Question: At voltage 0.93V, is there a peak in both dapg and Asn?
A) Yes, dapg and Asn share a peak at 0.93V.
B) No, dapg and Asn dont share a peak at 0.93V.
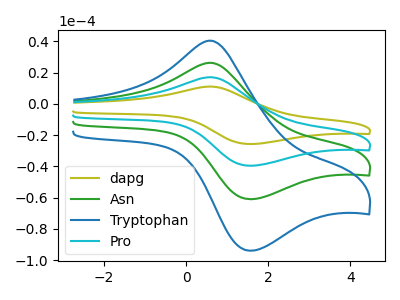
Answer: <think>The olive curve "dapg" has an anodic peak at (0.60V, 78.50uA) and a cathodic peak at (1.50V, -182.75uA). The green curve "Asn" has an anodic peak at (0.60V, 26.15uA) and a cathodic peak at (1.50V, -60.90uA). The blue curve "Tryptophan" has an anodic peak at (0.60V, 40.30uA) and a cathodic peak at (1.50V, -93.85uA). The cyan curve "Pro" has an anodic peak at (0.60V, 52.30uA) and a cathodic peak at (1.50V, -121.80uA).</think>
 <answer>B) No, "dapg" and "Asn" dont share a peak at 0.93V.</answer>
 <eval>B</eval>